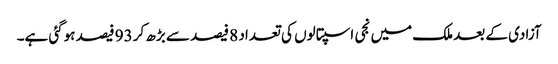
آزادی کے بعد ملک میں نجی اسپتالوں کی تعداد 8 فیصد سے بڑھ کر 93 فیصد ہوگئی ہے۔